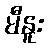
မီနူး